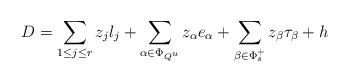
LaTeX: \begin{align*}D = \sum_{1\leq j\leq r}z_jl_j + \sum_{\alpha\in \Phi_{Q^u}}z_{\alpha}e_{\alpha}+\sum_{\beta \in \Phi_s^+}z_{\beta}\tau_{\beta}+h\end{align*}